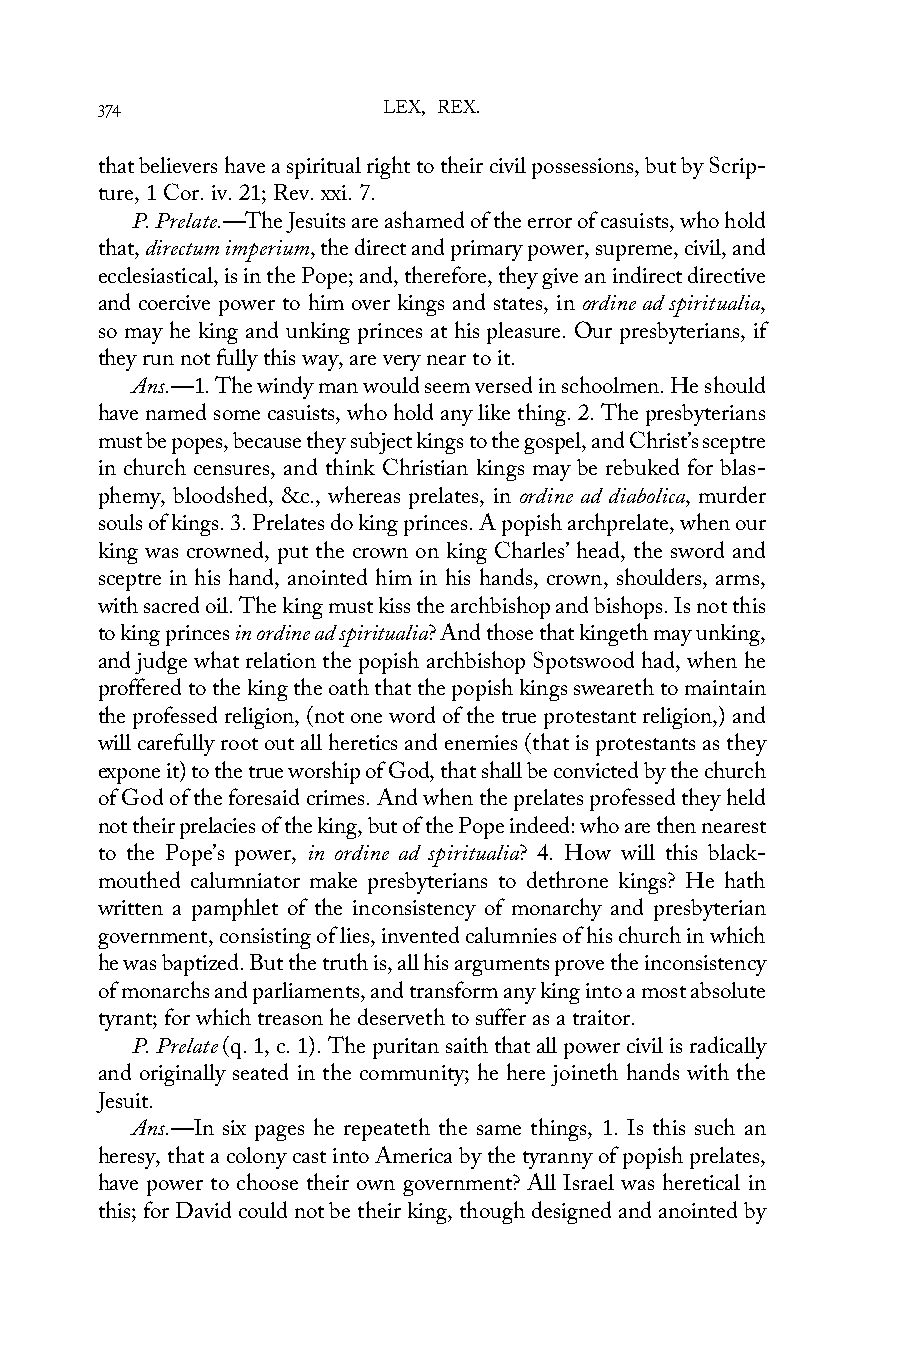
374                LEX, REX.
 that believers have a spiritual right to their civil possessions, but by Scrip-
 ture, 1 Cor. iv. 21; Rev. xxi. 7.
 P. Prelate.—The Jesuits are ashamed of the error of casuists, who hold
 that, directum imperium, the direct and primary power, supreme, civil, and
 ecclesiastical, is in the Pope; and, therefore, they give an indirect directive
 and coercive power to him over kings and states, in ordine ad spiritualia,
 so may he king and unking princes at his pleasure. Our presbyterians, if
 they run not fully this way, are very near to it.
 Ans.—1. The windy man would seem versed in schoolmen. He should
 have named some casuists, who hold any like thing. 2. The presbyterians
 must be popes, because they subject kings to the gospel, and Christ’s sceptre
 in church censures, and think Christian kings may be rebuked for blas-
 phemy, bloodshed, &c., whereas prelates, in ordine ad diabolica, murder
 souls of kings. 3. Prelates do king princes. A popish archprelate, when our
 king was crowned, put the crown on king Charles’ head, the sword and
 sceptre in his hand, anointed him in his hands, crown, shoulders, arms,
 with sacred oil. The king must kiss the archbishop and bishops. Is not this
 to king princes in ordine ad spiritualia? And those that kingeth may unking,
 and judge what relation the popish archbishop Spotswood had, when he
 proffered to the king the oath that the popish kings sweareth to maintain
 the professed religion, (not one word of the true protestant religion,) and
 will carefully root out all heretics and enemies (that is protestants as they
 expone it) to the true worship of God, that shall be convicted by the church
 of God of the foresaid crimes. And when the prelates professed they held
 not their prelacies of the king, but of the Pope indeed: who are then nearest
 to the Pope’s power, in ordine ad spiritualia? 4. How will this black-
 mouthed calumniator make presbyterians to dethrone kings? He hath
 written a pamphlet of the inconsistency of monarchy and presbyterian
 government, consisting of lies, invented calumnies of his church in which
 he was baptized. But the truth is, all his arguments prove the inconsistency
 of monarchs and parliaments, and transform any king into a most absolute
 tyrant; for which treason he deserveth to suffer as a traitor.
 P. Prelate (q. 1, c. 1). The puritan saith that all power civil is radically
 and originally seated in the community; he here joineth hands with the
 Jesuit.
 Ans.—In six pages he repeateth the same things, 1. Is this such an
 heresy, that a colony cast into America by the tyranny of popish prelates,
 have power to choose their own government? All Israel was heretical in
 this; for David could not be their king, though designed and anointed by